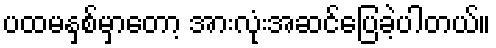
ပထမနှစ်မှာတော့ အားလုံးအဆင်ပြေခဲ့ပါတယ်။